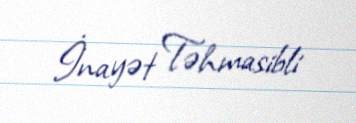
İnayət Təhmasibli